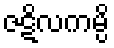
ဇဋိလကမ္ပိ